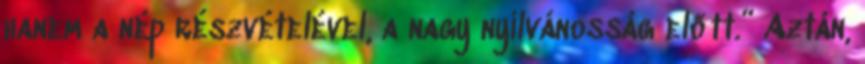
hanem a nép részvételével, a nagy nyilvánosság előtt.” Aztán,